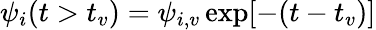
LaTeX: \begin{array}{r}{\psi_{i}(t>t_{v})=\psi_{i,v}\exp[-(t-t_{v})]}\end{array}